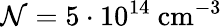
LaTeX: \mathcal{N}=5\cdot 10^{14}\mathrm{~cm^{-3}}